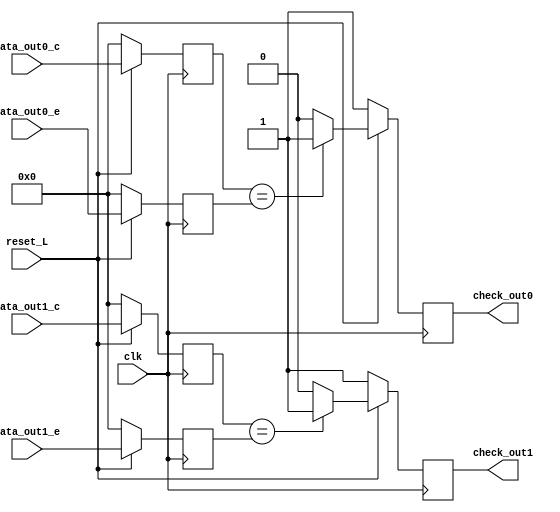
/*
 *Universidad de Costa Rica - Escuela de Ingenieria Electrica
 *Proyecto #1 - IE-0523 - modulo demux
 *@author Giancarlo Marin H.
 *@date   15/05/2019
 *@brief  Modulo de chequeo entre las seales de dos demux 1 a 2 de 7bit con selector automatico y bits de valido
*/

module checker(
	output reg		check_out0,		// salida de 1 bit que indica que ambos datos de la salida 0 son iguales	
	output reg		check_out1,		// salida de 1 bit que indica que ambos datos de la salida 1 son iguales	
	input 			clk,			// seal de clock del modulo	
	input 			reset_L,		// seal de reset_L del modulo
	input [7:0]		data_out0_c,	// salida 0 del demultiplexor conductual
	input [7:0]		data_out1_c,	// salida 1 del demultiplexor conductual
	input [7:0]		data_out0_e,			// salida 0 del demultiplexor estructural
	input [7:0]		data_out1_e			// salida 1 del demultiplexor estructural
	);
	reg [7:0] 		out_c_0,out_e_0,out_c_1,out_e_1; //ff
	
	always @(posedge clk) begin		// ffs para registrar las entradas
		if(reset_L==0) begin
			out_c_0 <= 0;
			out_c_1 <= 0;
			out_e_0 <= 0;
			out_e_1 <= 0;
		end else begin
			out_c_0 <= data_out0_c;
			out_c_1 <= data_out1_c;
			out_e_0 <= data_out0_e;
			out_e_1 <= data_out1_e;
		end
	end

	always @(posedge clk) begin		// bloque de comparacion en los flancos de reloj
		if (reset_L==1) begin
			if (out_c_0==out_e_0) begin
				check_out0<=1;
			end
			else begin
				check_out0<=0;
				$display ($time,"Error diferencia entre modulos");
			end 
			if (out_c_1==out_e_1) begin
				check_out1<=1;
			end
			else begin
				check_out1<=0;
				$display ($time,"Error diferencia entre modulos");
			end 
		end
		else begin
			check_out0<=1;
			check_out1<=1;
		end
	end
endmodule // checker_mux